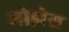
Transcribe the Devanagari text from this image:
मोझेेस